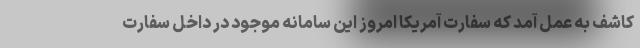
کاشف به عمل آمد که سفارت آمریکا امروز این سامانه‌ موجود در داخل سفارت